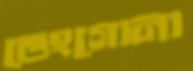
ভেংগোনা